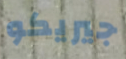
جيريكو